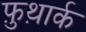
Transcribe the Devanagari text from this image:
फ़ुथ़ार्क